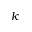
k